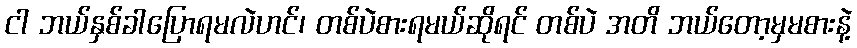
ငါ ဘယ်နှစ်ခါပြောရမလဲဟင်၊ တစ်ပဲစားရမယ်ဆိုရင် တစ်ပဲ အတိ ဘယ်တော့မှမစားနဲ့